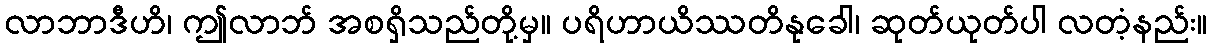
လာဘာဒီဟိ၊ ဤလာဘ် အစရှိသည်တို့မှ။ ပရိဟာယိဿတိနုခေါ၊ ဆုတ်ယုတ်ပါ လတံ့နည်း။